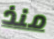
منذ